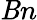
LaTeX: \mathit{B}n